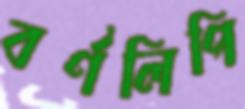
বর্ণলিপি